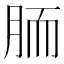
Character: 胹